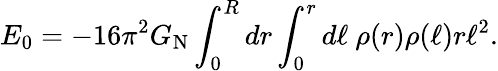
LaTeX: E_{0}=-16\pi^{2}G_{\mathrm{N}}\int_{0}^{R}dr\int_{0}^{r}d\ell\ \rho(r)\rho(\ell)r\ell^{2}.